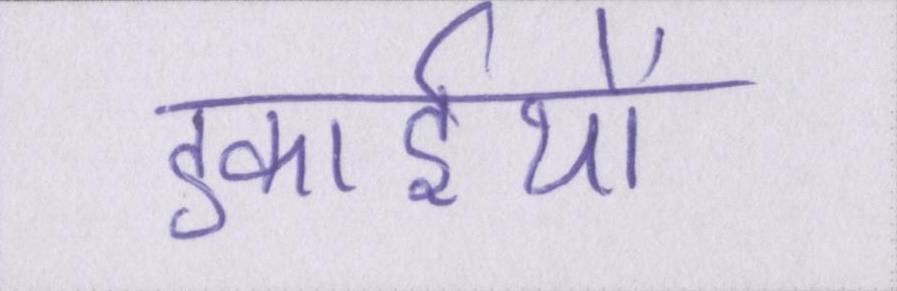
इकाईयों